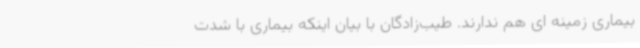
بیماری زمینه ای هم ندارند. طیب‌زادگان با بیان اینکه بیماری با شدت